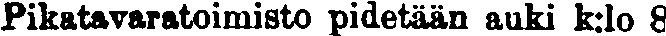
Pikatavaratoimisto pidetään auki k:lo 8